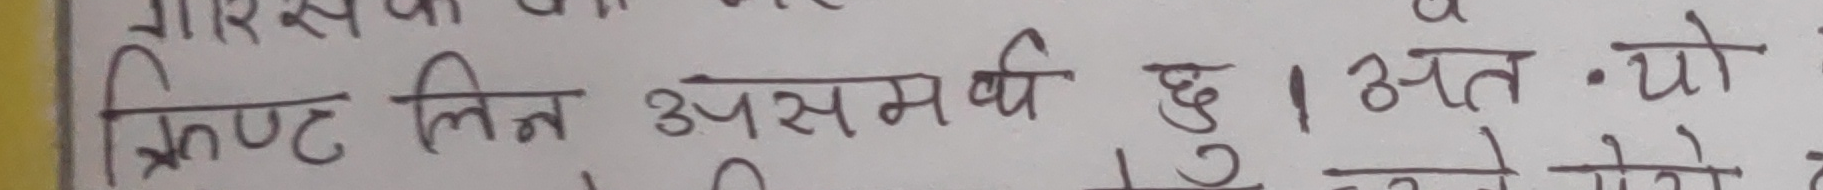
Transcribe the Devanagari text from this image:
क्रिप्ट लिन असमर्थ छु । अत • यो